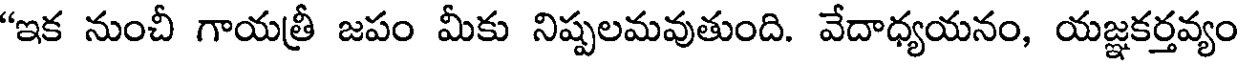
"ఇక నుంచీ గాయత్రీ జపం మీకు నిష్పలమవుతుంది. వేదాధ్యయనం, యజ్ఞకర్తవ్యం